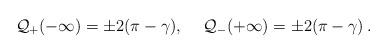
LaTeX: \begin{align*}{\cal Q}_{+}(-\infty )=\pm 2(\pi -\gamma ),\quad \: {\cal Q}_{-}(+\infty )=\pm 2(\pi -\gamma )\: .\end{align*}